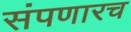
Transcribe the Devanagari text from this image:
संपणारच